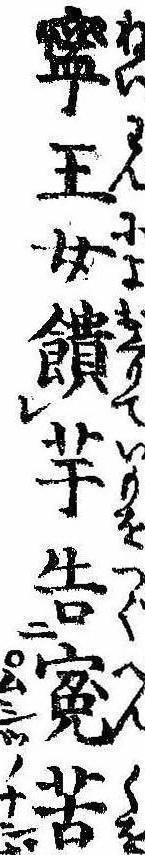
寧王女饋芋告冤苦